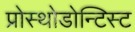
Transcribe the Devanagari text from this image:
प्रोस्थोडोन्टिस्ट